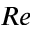
R e